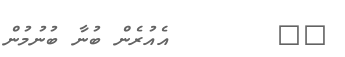
٤٣       އެއުރެން ބުނާ ބުނުމުން